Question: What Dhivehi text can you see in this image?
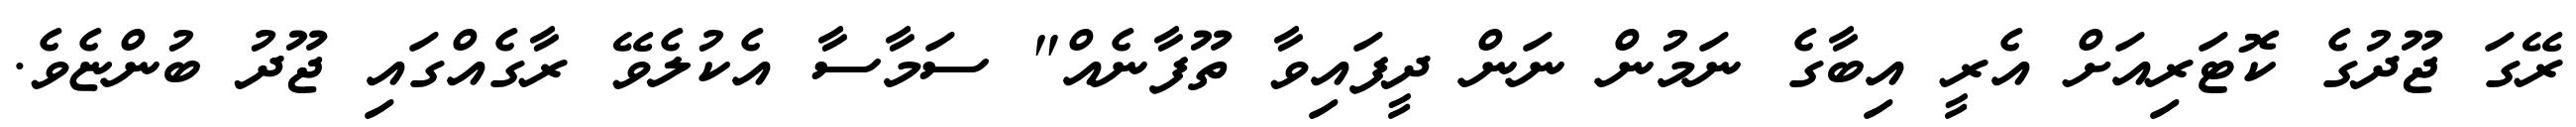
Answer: ރޭގަ ޖޫދުގެ ކޮޓަރިއަށް އެރީ އިބާގެ ނަމުން ނަން ދީފައިވާ ތޫފާނެއް" ސަމާސާ އެކުލެވޭ ރާގެއްގައި ޖޫދު ބުންޏެވެ.